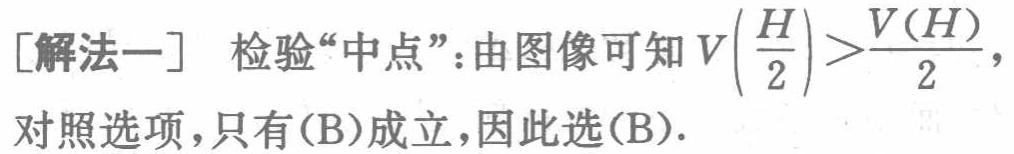
[解法一] 检验“中点”：由图像可知\(V\left(\frac{H}{2}\right)>\frac{V(H)}{2}\)，对照选项，只有(B)成立，因此选(B).